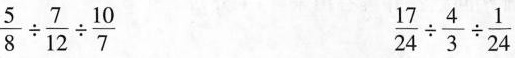
$$\frac{5}{8}\div \frac{7}{12}\div \frac{10}{7}$$ $$\frac{17}{24}\div \frac{4}{3}\div \frac{1}{24}$$